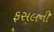
ફસલની